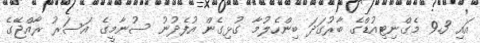
އައި 9.3 މެގްނިޓިއުޑްގެ ބާރުގަދަ ބިންހެލުމާ ގުޅިގެން އުފެދުނު ސުނާމީގެ އަސަރު ރާއްޖޭގެ